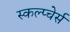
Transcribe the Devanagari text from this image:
स्कल्प्चेर्स